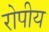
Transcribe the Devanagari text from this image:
रोपीय